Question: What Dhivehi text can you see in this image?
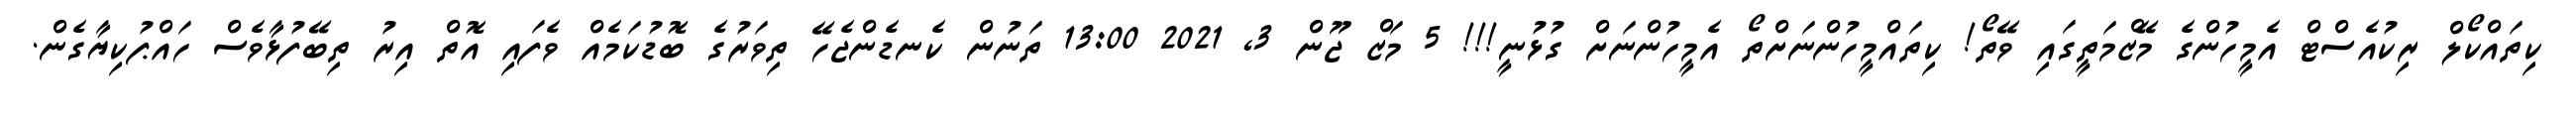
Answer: ކިތައްކޯލް ރިކުއެސްޓް އެމީހުންގެ މޭޒްމަތީގައި ވޭތޯ! ކިތައްމީހުންނަށްތޯ އެމީހުންނަށް ގުޅުނީ!!! 5 މަޒް ޖޫން 3, 2021 13:00 ތަނުން ކެނޑެންޖެހޭ ތިވަރުގެ ބޮޑުކަމެއް ވެފައި އޮތް އިރު ތިބޭފުޅާވެސް ހައްޕުކިޔާގެން.